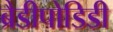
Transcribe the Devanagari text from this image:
ब्रैडीपोडिडी